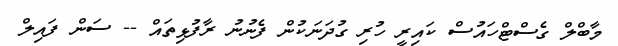
މާބްލް ގެސްޓްހައުސް ކައިރީ ހުރި ގުދަނަކުން ފެނުނު ރާފުޅިތައް -- ސަން ފައިލް